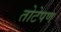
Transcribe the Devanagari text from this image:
तोटेपण